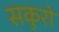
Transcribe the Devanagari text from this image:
सकुरो